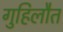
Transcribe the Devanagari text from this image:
गुहिलौत